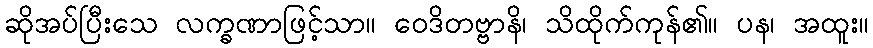
ဆိုအပ်ပြီးသေ လက္ခဏာဖြင့်သာ။ ဝေဒိတဗ္ဗာနိ၊ သိထိုက်ကုန်၏။ ပန၊ အထူး။